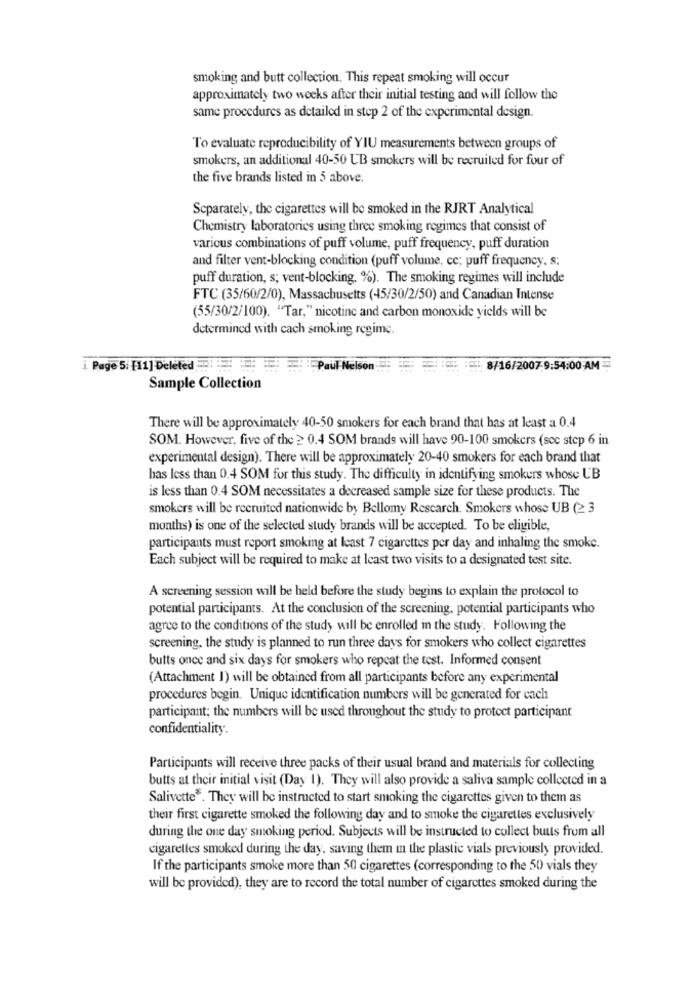
smoking and butt collection. This repeat smoking will occur
approximately two weeks after their initial testing and will follow the
same procedures as detailed in step 2 of the experimental design.
To evaluate reproducibility of YIU measurements between groups of
smokers, an additional 40-50 UB smokers will be recruited for four of
the five brands listed in 5 above.
Separately, the cigarettes will be smoked in the RJRT Analytical
Chemistry laboratories using three smoking regimes that consist of
various combinations of puff volume, puff frequency, puff duration
and filter vent-blocking condition (puff volume, cc; puff frequency, s;
puff duration, s; vent-blocking. %). The smoking regimes will include
FTC (35/60/2/0), Massachusetts (45/30/2/50) and Canadian Intense
(55/30/2/100). "Tar," nicotine and carbon monoxide yields will be
determined with cach smoking regime.
i. Page 5: [11] Deleted
Paul Nelson
8/16/2007-9:54:00 AM
Sample Collection
There will be approximately 40-50 smokers for each brand that has at least a 0.4
SOM. However, five of the ≥ 0.4 SOM brands will have 90-100 smokers (scc step 6 in
experimental design). There will be approximately 20-40 smokers for each brand that
has less than 0.4 SOM for this study. The difficulty in identifying smokers whose UB
is less than 0.4 SOM necessitates a decreased sample size for these products. The
smokers will be recruited nationwide by Bellomy Research. Smokers whose UB (2 3
months) is one of the selected study brands will be accepted. To be eligible,
participants must report smoking at least 7 cigarettes per day and inhaling the smoke.
Each subject will be required to make at least two visits to a designated test site.
A screening session will be held before the study begins to explain the protocol to
potential participants. At the conclusion of the screening, potential participants who
agree to the conditions of the study will be enrolled in the study. Following the
screening, the study is planned to run three days for smokers who collect cigarettes
butts once and six days for smokers who repeat the test. Informed consent
(Attachment 1) will be obtained from all participants before any experimental
procedures begin. Unique identification numbers will be generated for cach
participant; the numbers will be used throughout the study to protect participant
confidentiality.
Participants will receive three packs of their usual brand and materials for collecting
butts at their initial visit (Day 1). They will also provide a saliva sample collected in a
Salivette *. They will be instructed to start smoking the cigarettes given to them as
their first cigarette smoked the following day and to smoke the cigarettes exclusively
during the one day smoking period. Subjects will be instructed to collect butts from all
cigarettes smoked during the day, saving them m the plastic vials previously provided.
If the participants smoke more than 50 cigarettes (corresponding to the 50 vials they
will be provided), they are to record the total number of cigarettes smoked during the